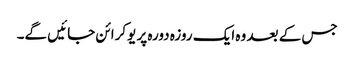
جس کے بعد وہ ایک روزہ دورہ پر یوکرائن جائیں گے۔